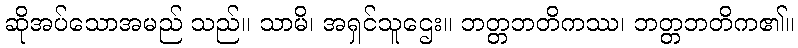
ဆိုအပ်သောအမည် သည်။ သာမိ၊ အရှင်သူဌေး။ ဘတ္တဘတိကဿ၊ ဘတ္တဘတိက၏။